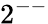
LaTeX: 2^{--}